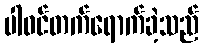
ပါဝင်တက်ရောက်ခဲ့သည်